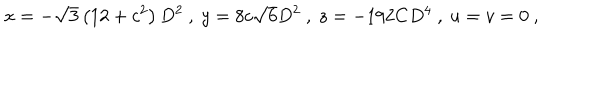
x = - \sqrt { 3 } \left( 1 2 + c ^ { 2 } \right) D ^ { 2 } \ , \ y = 8 c \sqrt { 6 } D ^ { 2 } \ , \ z = - 1 9 2 C D ^ { 4 } \ , \ u = v = 0 \ ,